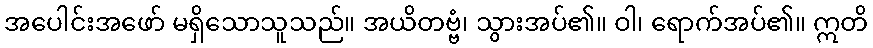
အပေါင်းအဖော် မရှိသောသူသည်။ အယိတဗ္ဗံ၊ သွားအပ်၏။ ဝါ၊ ရောက်အပ်၏။ ဣတိ